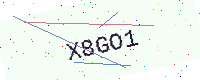
Text: X8GO1